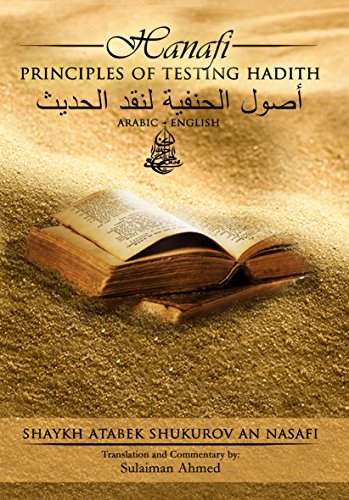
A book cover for Hanafi Principles of Testing Hadith; Shaykh Atabek Shukurov An Nasafi; Religion & Spirituality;